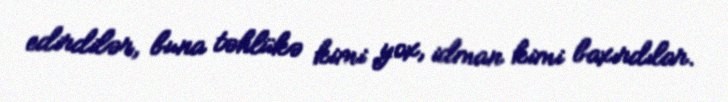
edirdilər, buna təhlükə kimi yox, idman kimi baxırdılar.